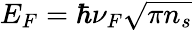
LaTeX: E_{F}=\hbar{\nu_{F}}\sqrt{\pi{n_{s}}}